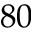
8 0